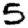
Digit: 5